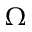
\Omega